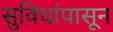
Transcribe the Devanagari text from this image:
सुविधांपासून